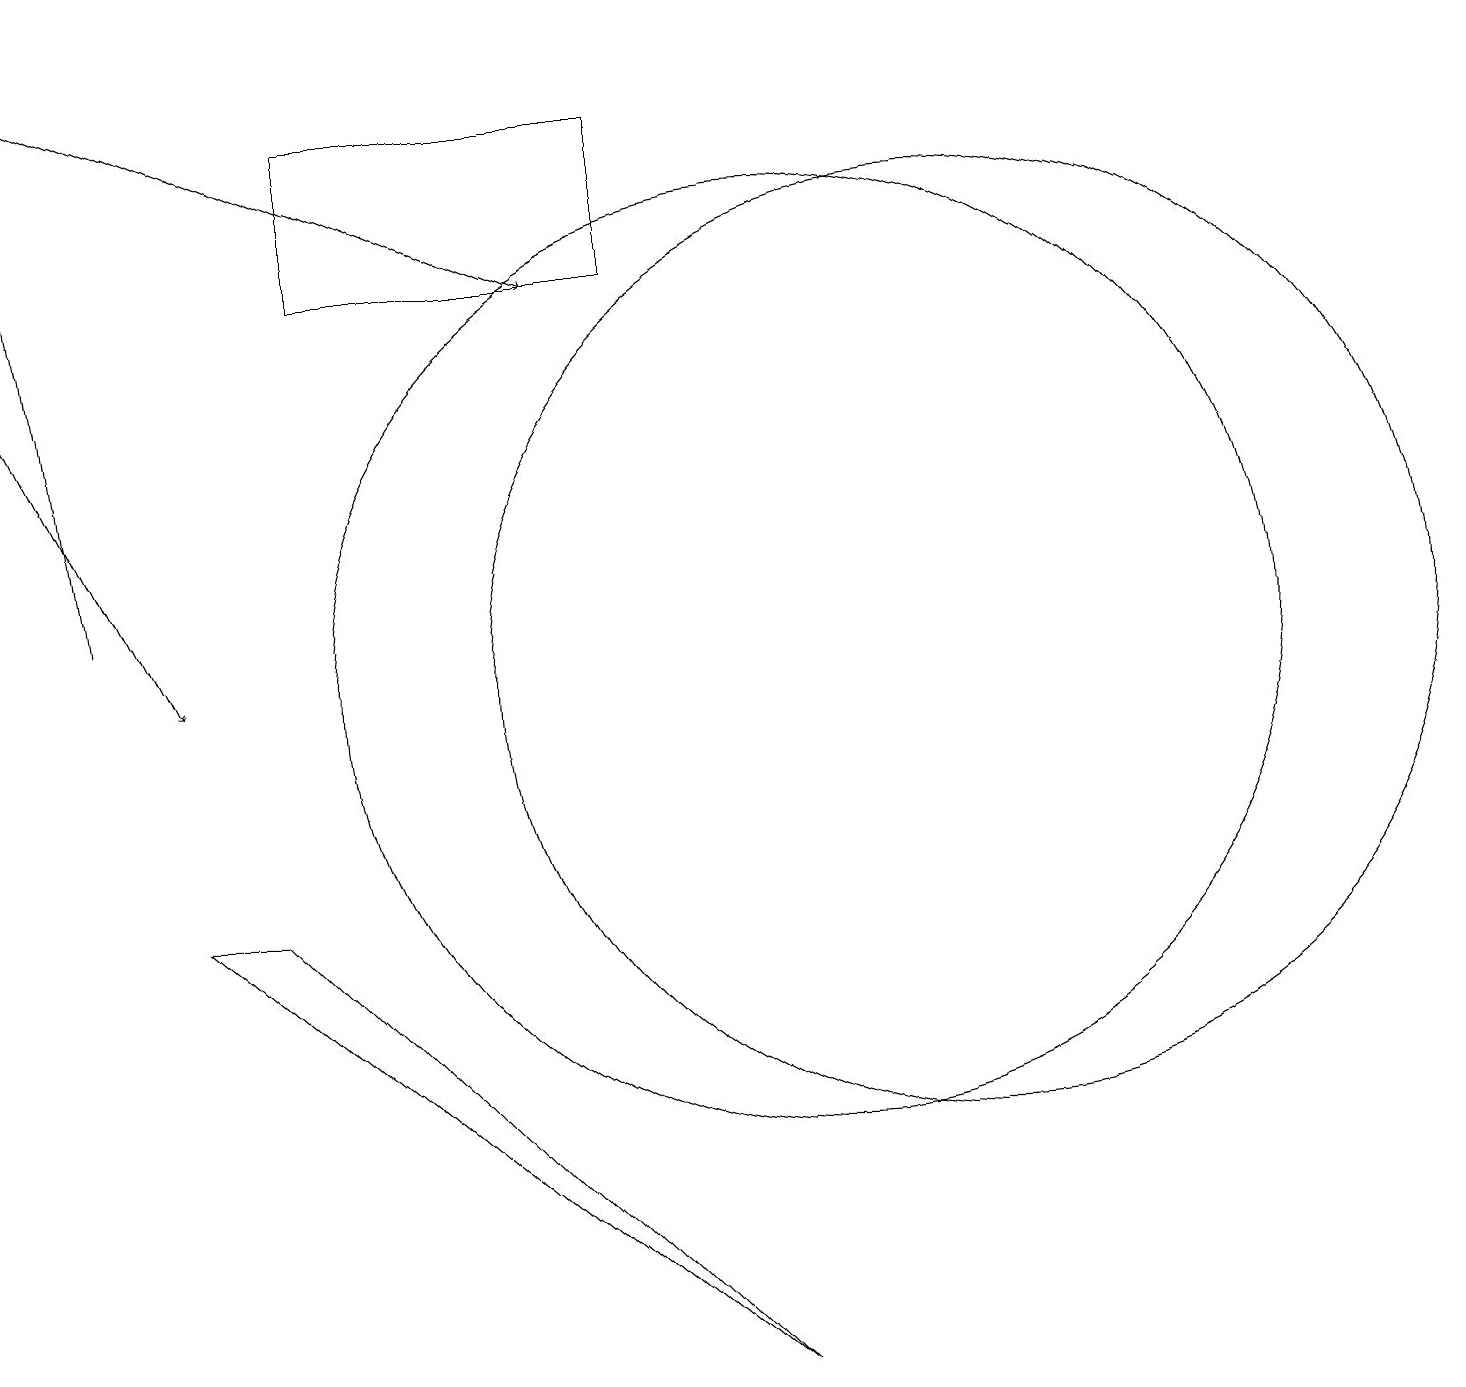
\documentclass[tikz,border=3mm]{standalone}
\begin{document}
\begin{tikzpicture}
\draw (2,8) -- (3,8) -- (9,2) -- cycle;
\draw[->] (0,15) -- (2,11);
\draw[->] (1,12) -- (0,19);
\draw (10,11) circle (6);
\draw (4,18) rectangle (8,16);
\draw (12,11) circle (6);
\draw[->] (0,19) -- (7,16);
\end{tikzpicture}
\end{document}